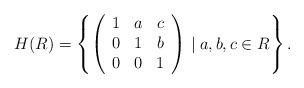
LaTeX: \begin{align*} H(R) = \left\{ \left( \begin{array}{ccc} 1 & a & c \\ 0 & 1 & b \\ 0 & 0 & 1 \end{array} \right) \mid a, b, c \in R \right\}.\end{align*}